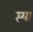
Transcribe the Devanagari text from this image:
प्त्या